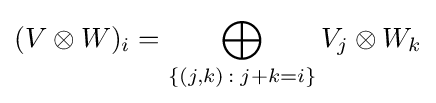
(V\otimes W)_{i}=\bigoplus _{\left\{\left(j,k\right)\,:\;j+k=i\right\}}V_{j}\otimes W_{k}